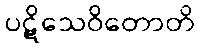
ပဋိသေဝိတောတိ